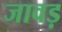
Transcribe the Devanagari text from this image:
जावड़